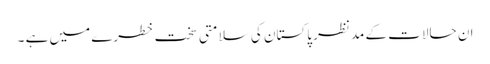
ان حالات کے مدِنظر پاکستان کی سلامتی سخت خطرے میں ہے ۔